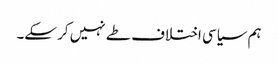
ہم سیاسی اختلاف طے نہیں کر سکے۔